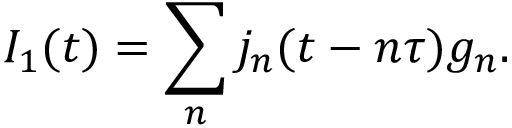
{ I _ { 1 } ( t ) = \sum _ { n } j _ { n } ( t - n \tau ) g _ { n } } .